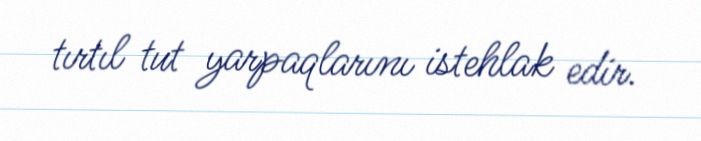
tırtıl tut yarpaqlarını istehlak edir.